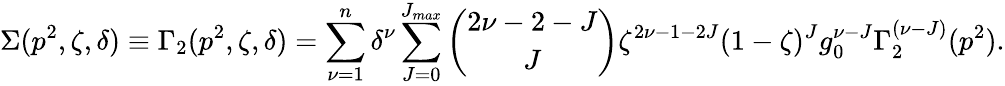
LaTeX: \Sigma(p^{2},\zeta,\delta)\equiv\Gamma_{2}(p^{2},\zeta,\delta)=\sum_{\nu=1}^{n}\delta^{\nu}\sum_{J=0}^{J_{max}}{\binom{2\nu-2-J}{J}}\zeta^{2\nu-1-2J}(1-\zeta)^{J}g_{0}^{\nu-J}\Gamma_{2}^{(\nu-J)}(p^{2}).